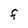
Character: F